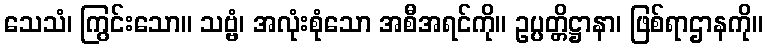
သေသံ၊ ကြွင်းသော။ သဗ္ဗံ၊ အလုံးစုံသော အစီအရင်ကို။ ဥပ္ပတ္တိဋ္ဌာနာ၊ ဖြစ်ရာဌာနကို။